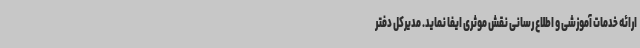
ارائه خدمات آموزشی و اطلاع رسانی نقش موثری ایفا نماید. مدیرکل دفتر